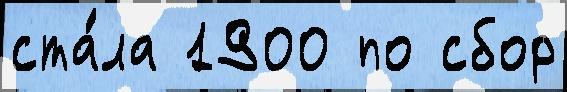
ста́ла 1900 по сбор